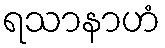
ရသာနာဟံ